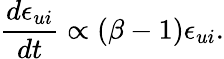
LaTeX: \frac{d\epsilon_{ui}}{dt}\propto(\beta-1)\epsilon_{ui}.